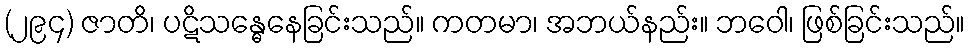
(၂၉၄) ဇာတိ၊ ပဋိသန္ဓေနေခြင်းသည်။ ကတမာ၊ အဘယ်နည်း။ ဘဝေါ၊ ဖြစ်ခြင်းသည်။